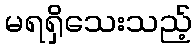
မရရှိသေးသည့်